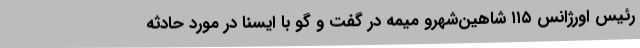
رئیس اورژانس ۱۱۵ شاهین‌شهرو میمه در گفت و گو با ایسنا در مورد حادثه